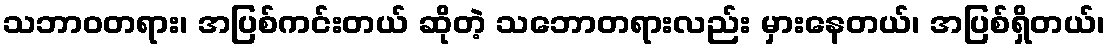
သဘာဝတရား၊ အပြစ်ကင်းတယ် ဆိုတဲ့ သဘောတရားလည်း မှားနေတယ်၊ အပြစ်ရှိတယ်၊